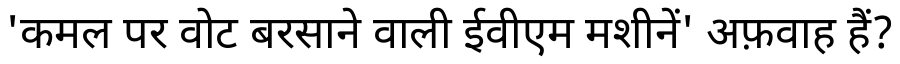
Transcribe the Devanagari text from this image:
'कमल पर वोट बरसाने वाली ईवीएम मशीनें' अफ़वाह हैं?